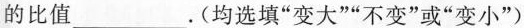
的比值___.(均选填“变大”“不变”或“变小”)